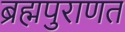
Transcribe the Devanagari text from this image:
ब्रह्मपुराणत